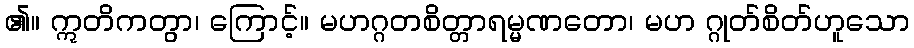
၏။ ဣတိကတွာ၊ ကြောင့်။ မဟဂ္ဂတစိတ္တာရမ္မဏတော၊ မဟ ဂ္ဂုတ်စိတ်ဟူသော